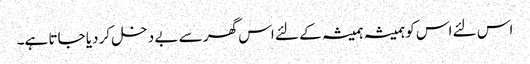
اس لئے اس کو ہمیشہ ہمیشہ کے لئے اس گھر سے بے دخل کر دیا جاتا ہے۔